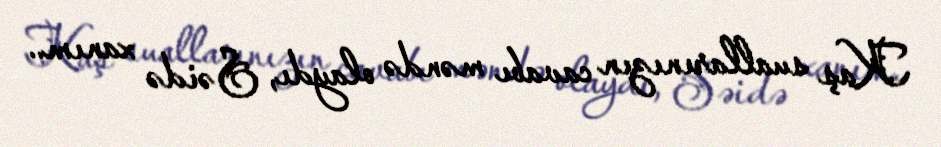
Kaş suallarınızın cavabı məndə olaydı, Səidə xanım..